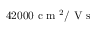
4 2 0 0 0 \mathrm { ~ c ~ m ~ } ^ { 2 } / \mathrm { ~ V ~ s ~ }